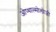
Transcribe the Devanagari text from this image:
ओप्थाल्मोलोजी